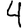
Digit: 4